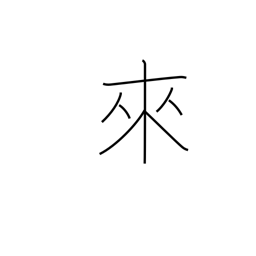
Meaning: come